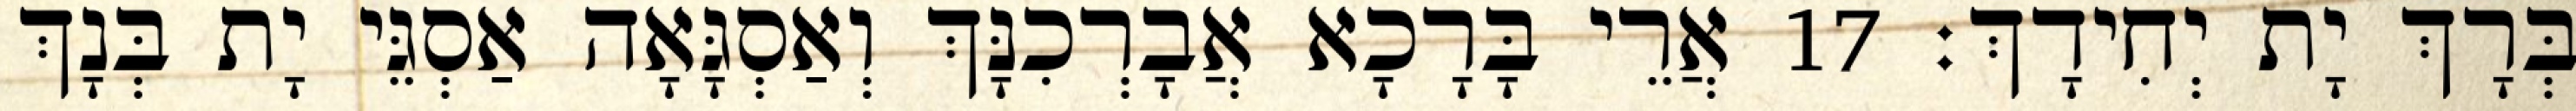
בְּרָךְ יָת יְחִידָךְ׃ 17 אֲרֵי בָּרָכָא אֲבָרְכִנָּךְ וְאַסְגָּאָה אַסְגֵּי יָת בְּנָךְ